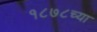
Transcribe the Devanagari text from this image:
१८७८च्या